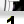
Digit: 1